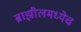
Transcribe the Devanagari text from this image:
ब्राझीलमध्येच